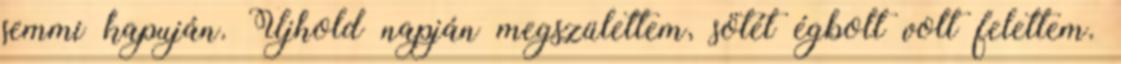
semmi kapuján. Újhold napján megszülettem, sötét égbolt volt felettem.